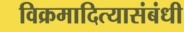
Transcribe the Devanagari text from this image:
विक्रमादित्यासंबंधी